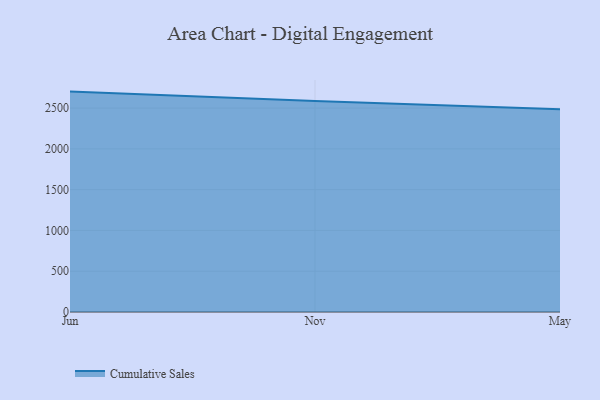
{"axis": {"x": "Month", "y": "Demand Index"}, "legend": ["Cumulative Sales"], "data": [{"x": "Jun", "y": 2701.8, "type": "Cumulative Sales"}, {"x": "Nov", "y": 2586.7, "type": "Cumulative Sales"}, {"x": "May", "y": 2484.1, "type": "Cumulative Sales"}]}